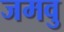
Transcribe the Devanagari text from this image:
जमवु